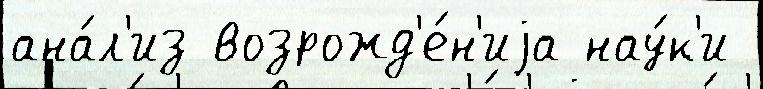
ана́л'из возрожд'е́н'иjа нау́к'и